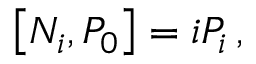
\left[ N _ { i } , P _ { 0 } \right] = i P _ { i } \, ,